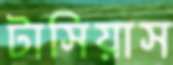
টাসিয়াস